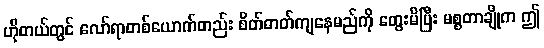
ဟိုတယ်တွင် လော်ရာတစ်ယောက်တည်း စိတ်ဓာတ်ကျနေမည်ကို တွေးမိပြီး မစ္စတာချိုက ဤ